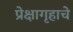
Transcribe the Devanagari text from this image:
प्रेक्षागृहाचे